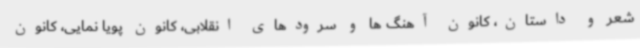
شعر و داستان، کانون آهنگ ها و سرودهای انقلابی، کانون پویا نمایی، کانون